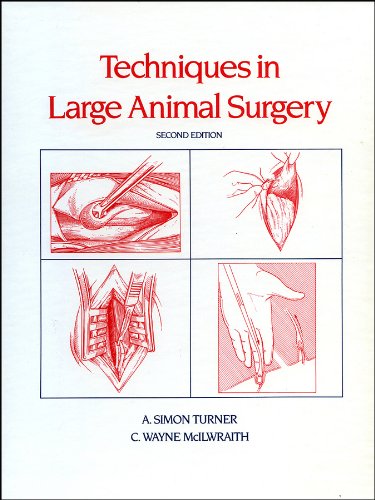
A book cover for Techniques in Large Animal Surgery; A. Simon Turner; Medical Books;